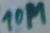
Text: 10M